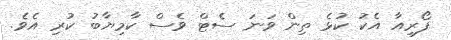
ފޯރިއާ އެކު ކުޅެ ތިން ވަނަ ސެޓް ވެސް ކާމިޔާބު ކުރި އެވެ.